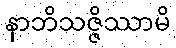
နာဘိသဇ္ဇိဿာမိ